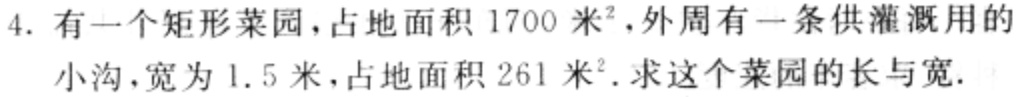
4. 有一个矩形菜园，占地面积$1700米^{2}$，外周有一条供灌溉用的小沟，宽为$1.5$米，占地面积$261米^{2}$. 求这个菜园的长与宽.